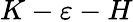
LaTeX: K-\varepsilon-H